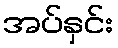
အပ်နှင်း